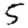
Digit: 5